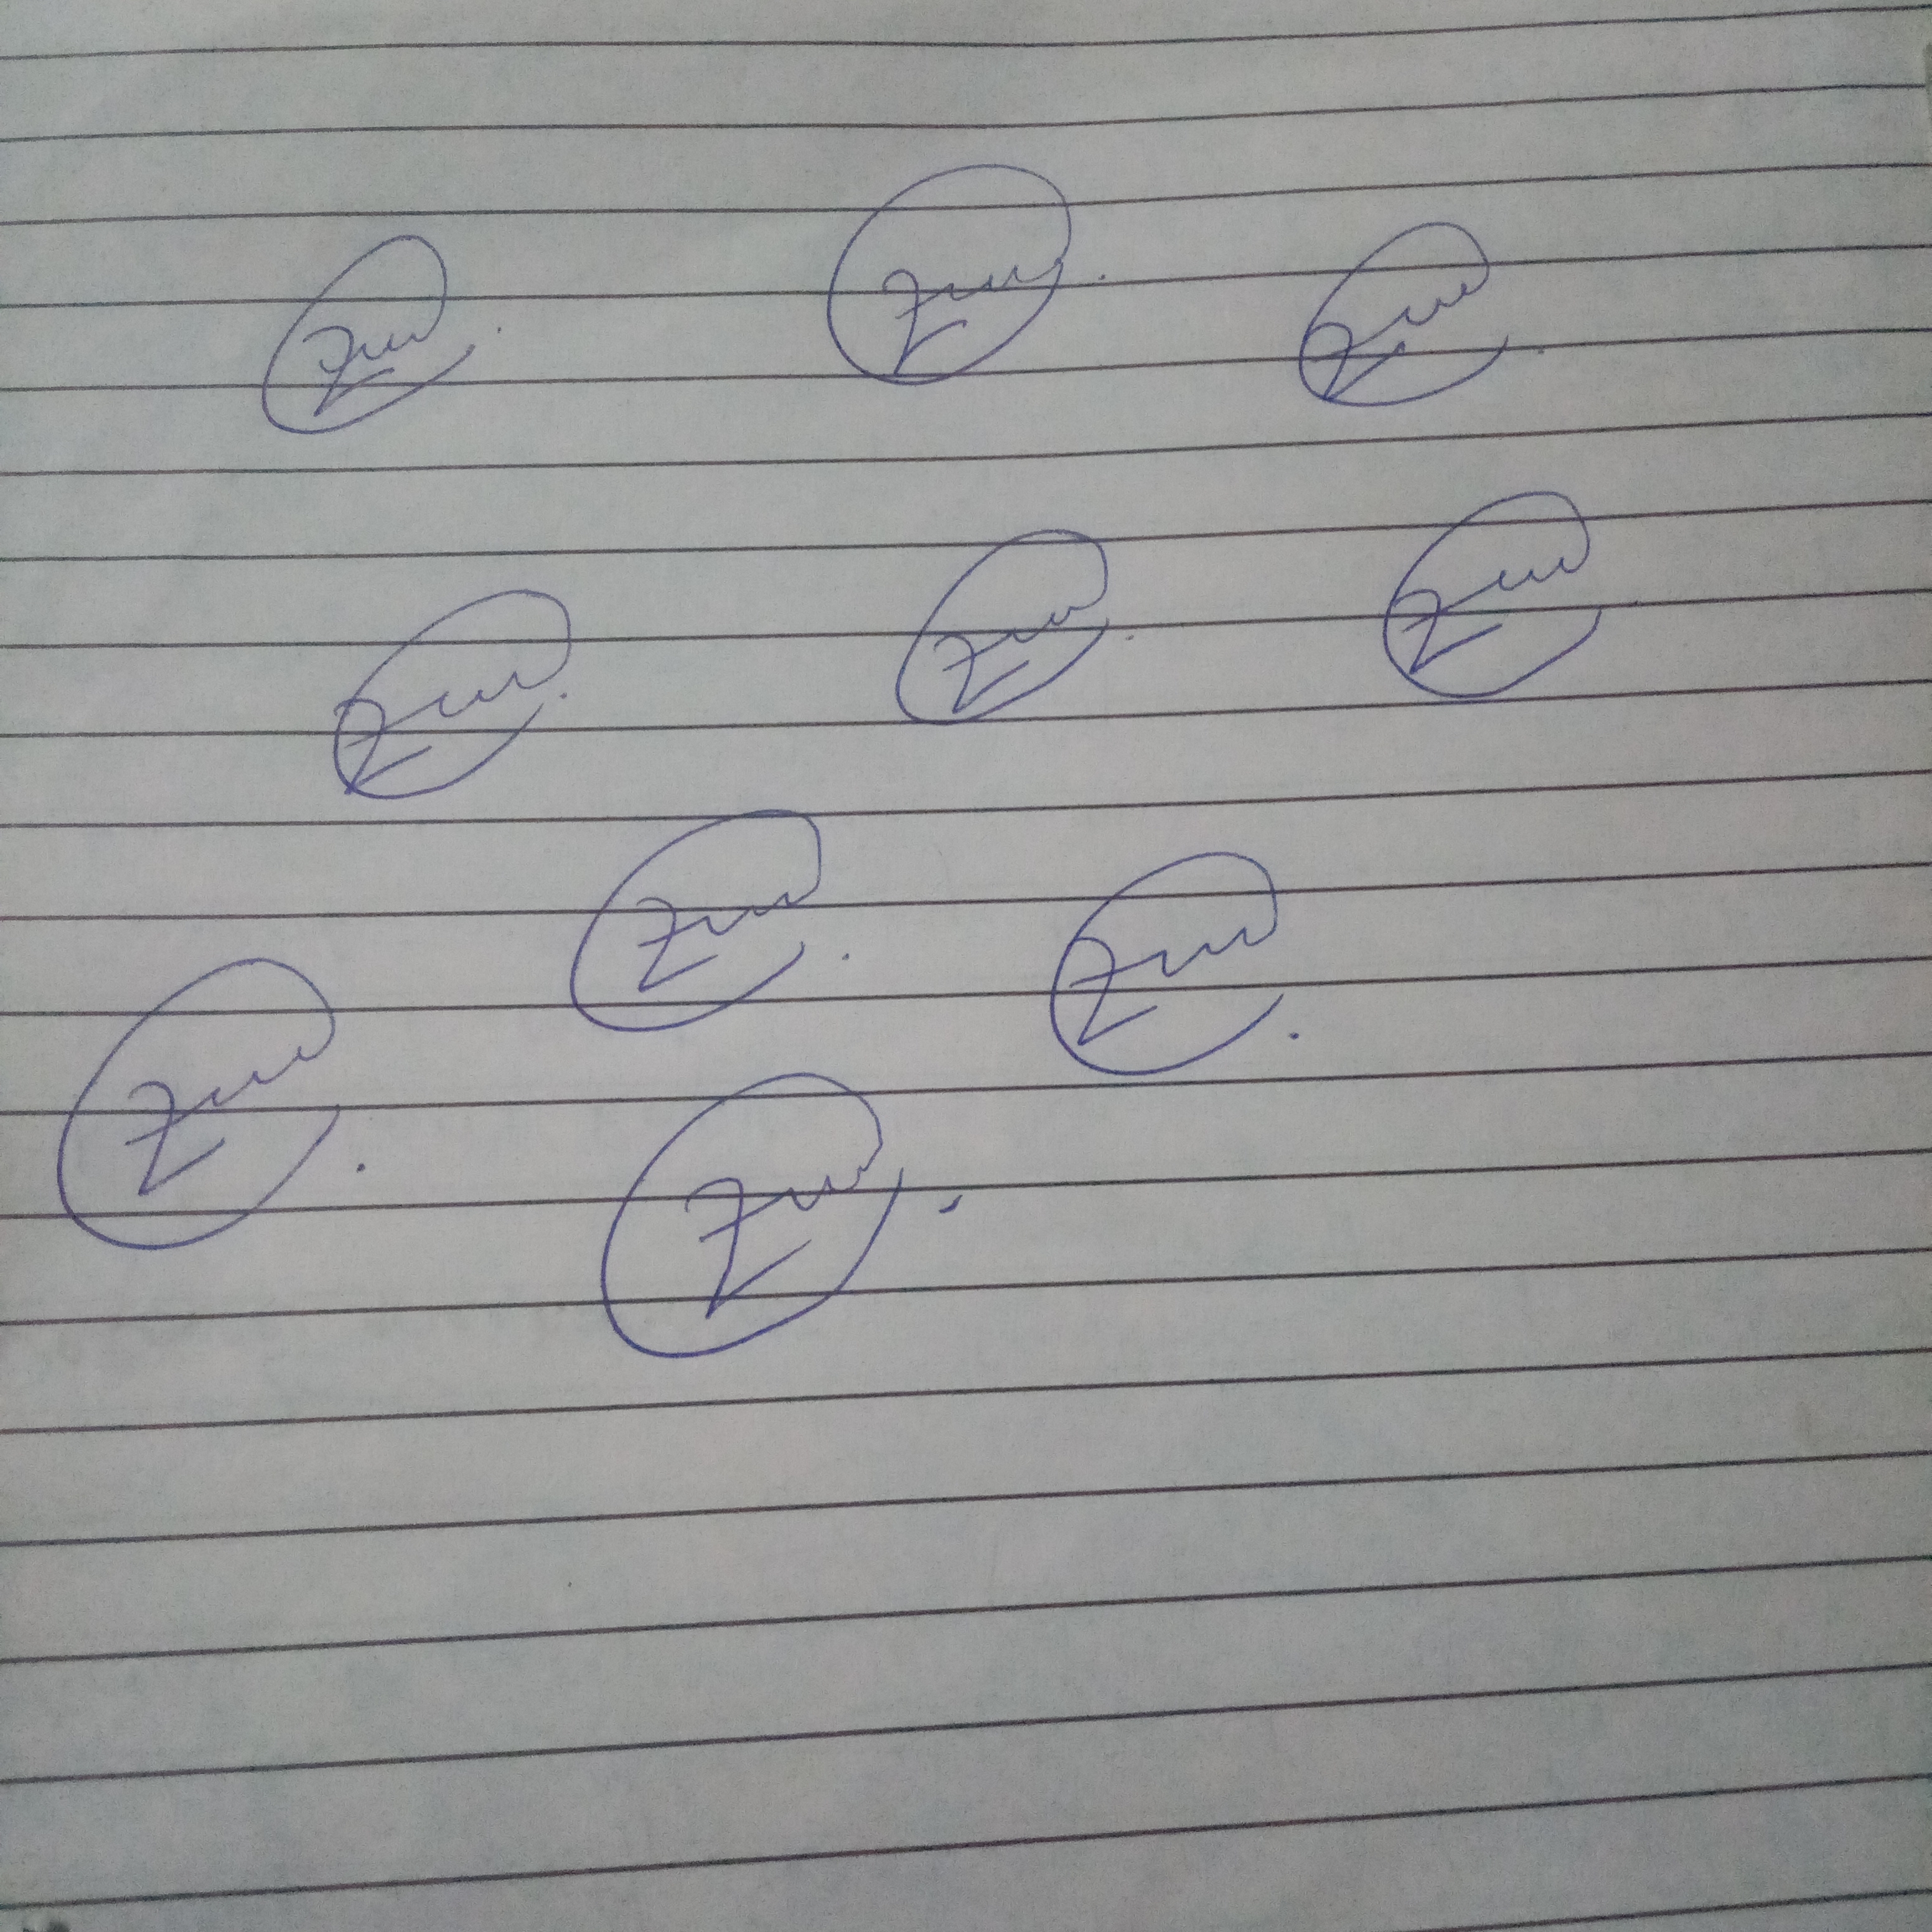
Signature authenticity: genuine